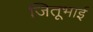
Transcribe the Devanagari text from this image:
जितूभाई